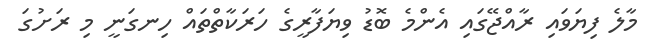
މާލެ ފިޔަވައި ރާއްޖޭގައި އެންމެ ބޮޑު ވިޔަފާރީގެ ހަރަކާތްތައް ހިނގަނީ މި ރަށުގަ